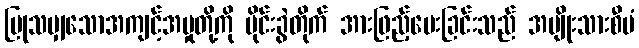
ပြုသမျှသောအကျင့်အမှုတို့ကို မိုင်းခွဲတိုက် အားဖြည့်ပေးခြင်းသည် အမျိုးသားစီမံ